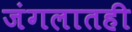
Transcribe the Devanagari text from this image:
जंगलातही